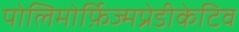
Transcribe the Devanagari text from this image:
पोलिमोर्फ़िज्मप्रेडीकेटिव